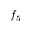
f _ { 5 }